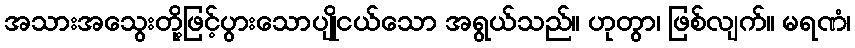
အသားအသွေးတို့ဖြင့်ပွားသောပျိုငယ်သော အရွယ်သည်။ ဟုတွာ၊ ဖြစ်လျက်။ မရဏံ၊